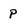
Character: p